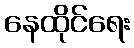
နေထိုင်ရေး